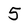
Character: 5